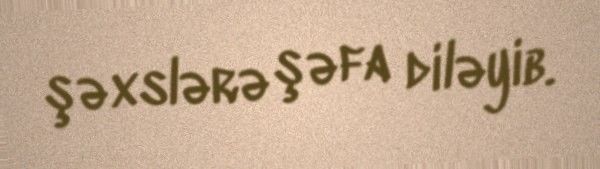
şəxslərə şəfa diləyib.